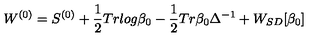
W ^ { ( 0 ) } = S ^ { ( 0 ) } + \frac { 1 } { 2 } T r l o g \beta _ { 0 } - \frac { 1 } { 2 } T r \beta _ { 0 } \Delta ^ { - 1 } + W _ { S D } [ \beta _ { 0 } ]